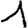
Digit: 1